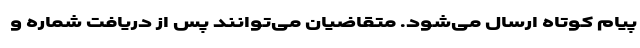
پیام کوتاه ارسال می‌شود. متقاضیان می‌توانند پس از دریافت شماره و